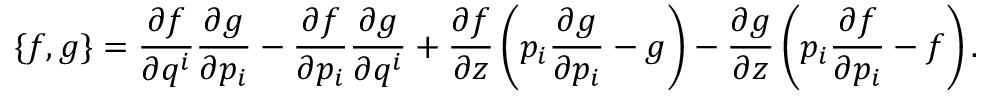
\lbrace f , g \rbrace = \frac { \partial f } { \partial q ^ { i } } \frac { \partial g } { \partial p _ { i } } - \frac { \partial f } { \partial p _ { i } } \frac { \partial g } { \partial q ^ { i } } + \frac { \partial f } { \partial z } \left( p _ { i } \frac { \partial g } { \partial p _ { i } } - g \right) - \frac { \partial g } { \partial z } \left( p _ { i } \frac { \partial f } { \partial p _ { i } } - f \right) .